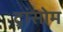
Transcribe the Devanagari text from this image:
ट्रांसोम